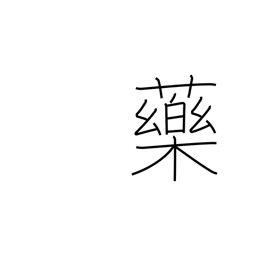
Meaning: chemical